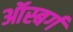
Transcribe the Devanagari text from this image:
ऑस्बर्ग